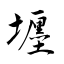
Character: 壥